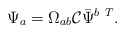
\begin{align*}\Psi_{ a }=\Omega_{ a b }{\cal C}\bar\Psi^{ b \ T}.\end{align*}